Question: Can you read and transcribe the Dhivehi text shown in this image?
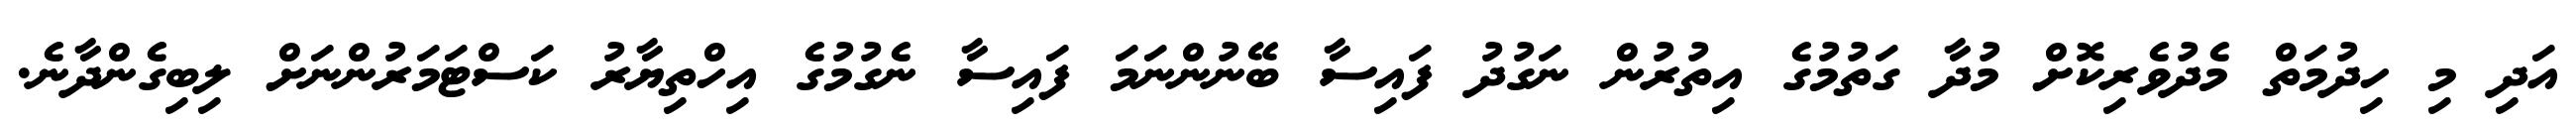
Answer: އަދި މި ހިދުމަތް މެދުވެރިކޮށް މުދާ ގަތުމުގެ އިތުރުން ނަގުދު ފައިސާ ބޭނުންނަމަ ފައިސާ ނެގުމުގެ އިހްތިޔާރު ކަސްޓަމަރުންނަށް ލިބިގެންދާނެ.